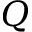
Q